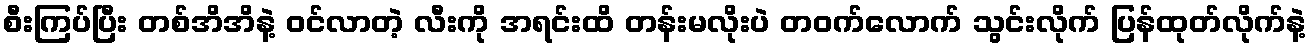
စီးကြပ်ပြီး တစ်အိအိနဲ့ ဝင်လာတဲ့ လီးကို အရင်းထိ တန်းမလိုးပဲ တဝက်လောက် သွင်းလိုက် ပြန်ထုတ်လိုက်နဲ့